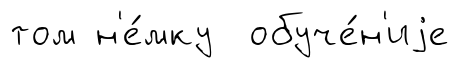
том н'е́мку обуче́н'иjе